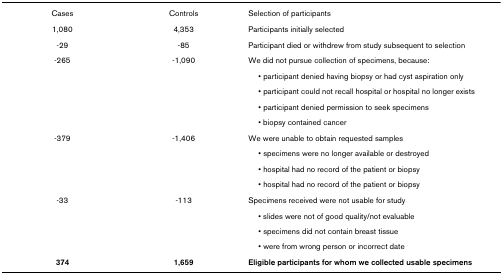
| Cases | Controls | Selection of participants |
 | --- | --- | --- |
 | 1,080 | 4,353 | Participants initially selected |
 | -29 | -85 | Participant died or withdrew from study subsequent to selection |
 | -265 | -1,090 | We did not pursue collection of specimens, because: |
 |  |  | • participant denied having biopsy or had cyst aspiration only |
 |  |  | • participant could not recall hospital or hospital no longer exists |
 |  |  | • participant denied permission to seek specimens |
 |  |  | • biopsy contained cancer |
 | -379 | -1,406 | We were unable to obtain requested samples |
 |  |  | • specimens were no longer available or destroyed |
 |  |  | • hospital had no record of the patient or biopsy |
 |  |  | • hospital had no record of the patient or biopsy |
 | -33 | -113 | Specimens received were not usable for study |
 |  |  | • slides were not of good quality/not evaluable |
 |  |  | • specimens did not contain breast tissue |
 |  |  | • were from wrong person or incorrect date |
 | 374 | 1,659 | Eligible participants for whom we collected usable specimens |